Vaccination North-Western Provinces and Oudh 1878-1895 - 1878-1895
Year: 1878
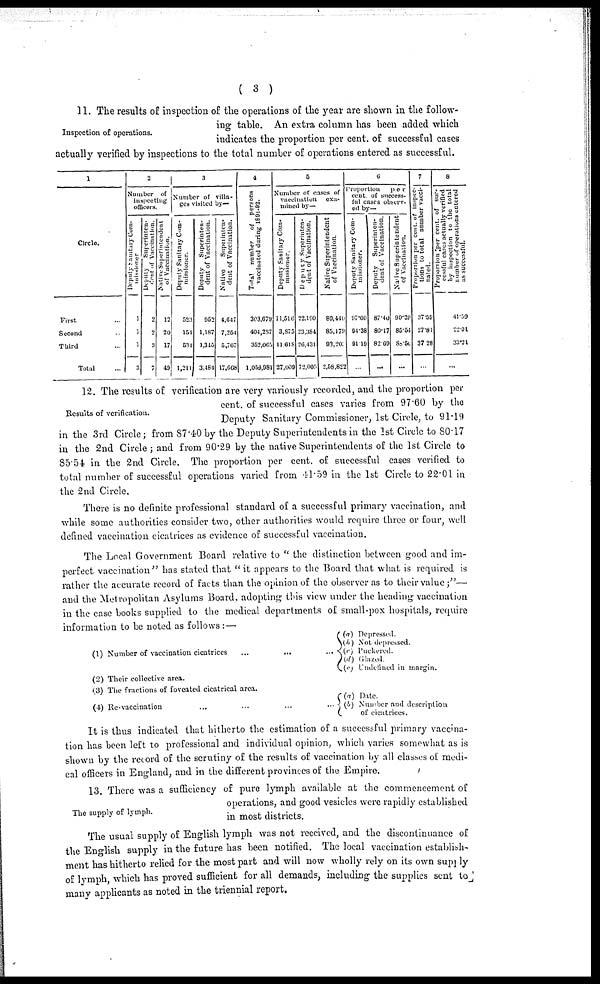
( 3 )
Inspection of operations.
11. The results of inspection of the operations of the year are shown in the follow-
ing table. An extra column has been added which
indicates the proportion per cent. of successful cases
actually verified by inspections to the total number of operations entered as successful.
1
Circlo.
First ...
Second ...
Third ...
Total ...
2
Number of
inspecting
officers.
Deputy Santary Com-
missioner
1
1
1
3
Deputy
Superinten-
dent of Vaccination.
2
2
3
7
Native Superintendent
of Vaccination.
12
20
17
49
3
Number of villa-
ges visited by—
Deputy Sanitary Com-
missioner.
523
154
534
1,211
Deputy Superinten-
dent of Vaccination.
952
1,187
1,345
3,484
Native
Superinten-
dent of Vaccination.
4,617
7,254
5,707
17,668
4
Total
number
of persons
vaccinated during 1891-92.
303,079
404,237
352,065
1,059,981
5
Number of cases of
vaccination
exa-
mined by—
Deputy Sanitary Com-
missioner.
11,516
3,875
11,618
27,000
Deputy Superinten-
dent of Vaccination.
22,190
23,384
26,431
72,005
Native Superintendent
of Vaccination.
80,440
85,179
03,203
2,58,822
6
Proportion
por
cent of success-
ful cases observ-
ed by—
Deputy Sanitary Com-
missioner.
97.00
04.38
91.19
...
Deputy
Superinten-
dent of Vaccination.
87.40
80.17
82.69
...
Native Superintendent
of Vaccination.
90.29
85.54
88.56
...
7
Proportion per cent. of inspec-
tions to total number vacci-
nated.
37.59
27.81
37.28
...
8
Proportion per cent. of suc-
cessful cases actually verified
by inspection to the total
number of operations entered
as successful.
41.59
22.01
33.21
...
Results of verification.
12. The results of verification are very variously recorded, and the proportion per
cent. of successful cases varies from 97.60 by the
Deputy Sanitary Commissioner, 1st Circle, to 91.19
in the 3rd Circle; from 87.40 by the Deputy Superintendents in the 1st Circle to 80.17
in the 2nd Cricle ; and from 90.29 by the native Superintendents of the 1st Circle to
85.54 in the 2nd Circle. The proportion per cent. of successful cases verified to
total number of successful operations varied from 41.59 in the 1st Circle to 22.01 in
the 2nd Circle.
There is no definite professional standard of a successful primary vaccination, and
while some authorities consider two, other authorities would require three or four, well
defined vaccination cicatrices as evidence of successful vaccination.
The Local Government Board relative to " the distinction between good and im-
perfect vaccination" has stated that "it appears to the Board that what is required is
rather the accurate record of facts than the opinion of the observer as to their value ;"—
and the Metropolitan Asylums Board, adopting this view under the heading vaccination
in the case books supplied to the medical departments of small-pox hospitals, require
information to be noted as follows:—
(1) Number of vaccination cicatrices ... ... ...
(2) Their collective area.
(3) The fractions of foveated cicatrical area.
(4) Re-vaccination
...
...
...
...
(a) Depressed.
(b) Not depressed.
(c) Puckered.
(d)
Glazaed.
(e)
Undefined in margin.
(a) Date.
(b) Number and description
of cicatrices.
It is thus indicated that hitherto the estimation of a successful primary vaccina-
tion has been left to professional and individual opinion, which varies somewhat as is
shown by the record of the scrutiny of the results of vaccination by all classes of medi-
cal officers in England, and in the different provinces of the Empire.
The supply of lymph.
13. There was a sufficiency of pure lymph available at the commencement of
operations, and good vesicles were rapidly established
in most districts.
The usual supply of English lymph was not received, and the discontinuance of
the English supply in the future has been notified. The local vaccination establish-
ment has hitherto relied for the most part and will now wholly rely on its own supply
of lymph, which has proved sufficient for all demands, including the supplies sent to
many applicants as noted in the triennial report.